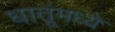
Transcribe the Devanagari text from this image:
धातूंमध्ये